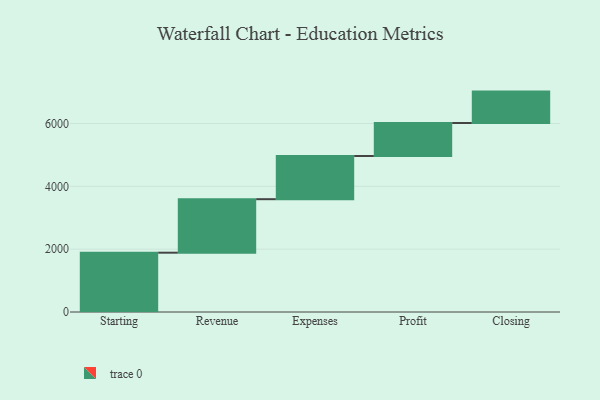
{"axis": {"x": "Step", "y": "Value"}, "legend": [""], "data": [{"x": "Starting", "y": 1888.0, "type": ""}, {"x": "Revenue", "y": 1703.0, "type": ""}, {"x": "Expenses", "y": 1375.0, "type": ""}, {"x": "Profit", "y": 1050.0, "type": ""}, {"x": "Closing", "y": 1000, "type": ""}]}